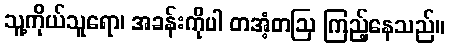
သူ့ကိုယ်သူရော၊ အခန်းကိုပါ တအံ့တဩ ကြည့်နေသည်။